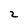
Character: 2